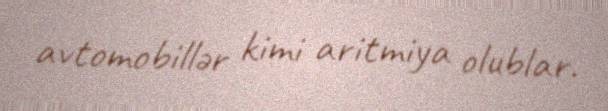
avtomobillər kimi aritmiya olublar.